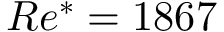
R e ^ { * } = 1 8 6 7